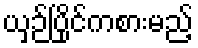
ယှဉ်ပြိုင်ကစားမည့်